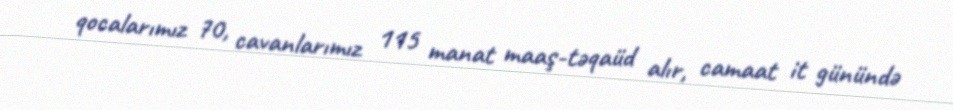
qocalarımız 70, cavanlarımız 115 manat maaş-təqaüd alır, camaat it günündə